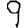
Digit: 9